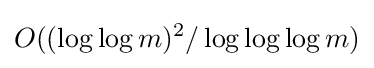
O((\log \log m)^{2}/\log \log \log m)